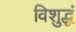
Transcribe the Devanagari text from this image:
विशुद्धं